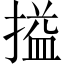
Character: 搤